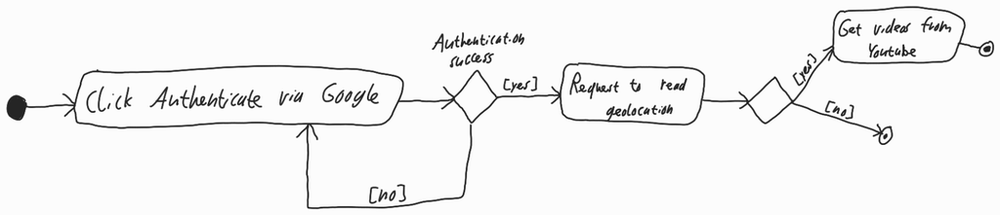
Diagram type: activity_diagram
```plantuml
@startuml

start

repeat:Click Authenticate via Google;
repeat while (Authentication success) is ([no]) not ([yes])

:Request to read geolocation;

if () then ([yes])
  :Get videos from Youtube;
  stop
else ([no])
  stop
endif

@enduml
```